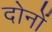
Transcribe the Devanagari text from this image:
दोनोंं